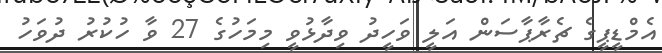
އެމްޑީޕީގެ ޗެރާޕާސަން އަލީ ވަހީދު ވިދާޅުވީ މިމަހުގެ 27 ވާ ހުކުރު ދުވަހު